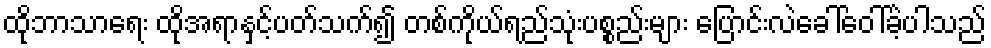
ထိုဘာသာရေး ထိုအရာနှင့်ပတ်သက်၍ တစ်ကိုယ်ရည်သုံးပစ္စည်းများ ပြောင်းလဲခေါ်ဝေါ်ခဲ့ပါသည်